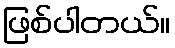
ဖြစ်ပါတယ်။